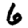
Digit: 6